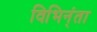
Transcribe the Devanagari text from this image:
विभिन्ंता